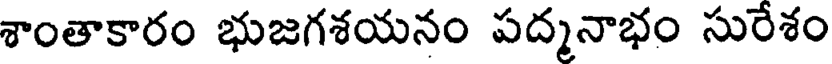
శాంతాకారం భుజగశయనం పద్మనాభం సురేశం